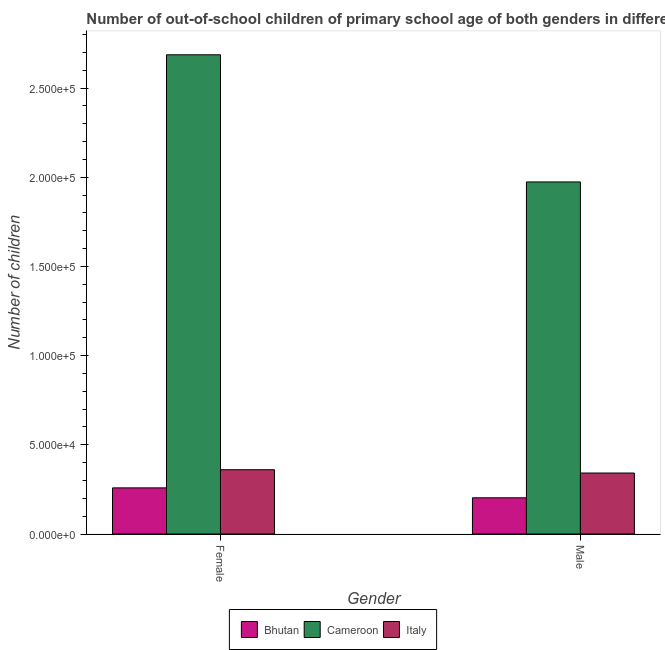
| Gender | Bhutan | Cameroon | Italy |
 | --- | --- | --- | --- |
 | Female | 2.59e+04 | 2.69e+05 | 3.6e+04 |
 | Male | 2.03e+04 | 1.97e+05 | 3.42e+04 |